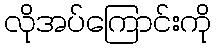
လိုအပ်ကြောင်းကို